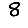
Digit: 8